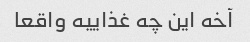
آخه این چه غذاییه واقعا